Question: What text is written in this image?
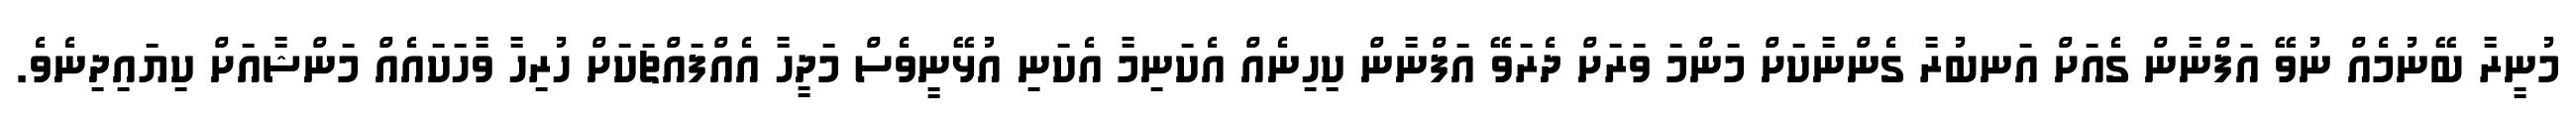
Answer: މުނީރާ ބޭނުމެއް ނުވޭ އަފްނާން ގެއަށް އަނބުރާ ގެންނާކަށް މަންމަ ވަރަށް ދެރަވޭ އަފްނާން ކިހިނެއް އެކަނިމާ އެކަނި އުޅޭނީވެސް މަދީހާ އެއްފައްޗަކަށް ހުރިހާ ވާހަކައެއް މަންޝާއަށް ކިޔައިދިނެވެ.